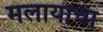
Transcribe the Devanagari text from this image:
मलायाचा